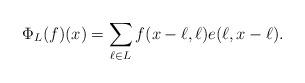
LaTeX: \begin{align*} \Phi_L(f)(x) = \sum_{\ell\in L} f(x-\ell,\ell) e(\ell,x-\ell).\end{align*}